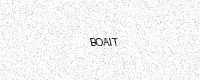
Text: BOAIT